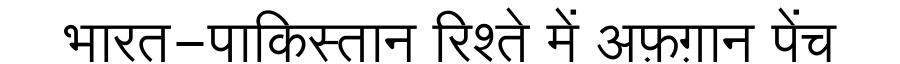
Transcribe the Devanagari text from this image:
भारत-पाकिस्तान रिश्ते में अफ़ग़ान पेंच